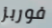
فوربز